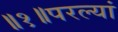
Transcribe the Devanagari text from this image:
॥१॥परल्यां